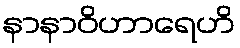
နာနာဝိဟာရေဟိ